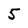
Character: 5